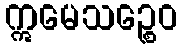
ဣမေသဉ္စေဝ